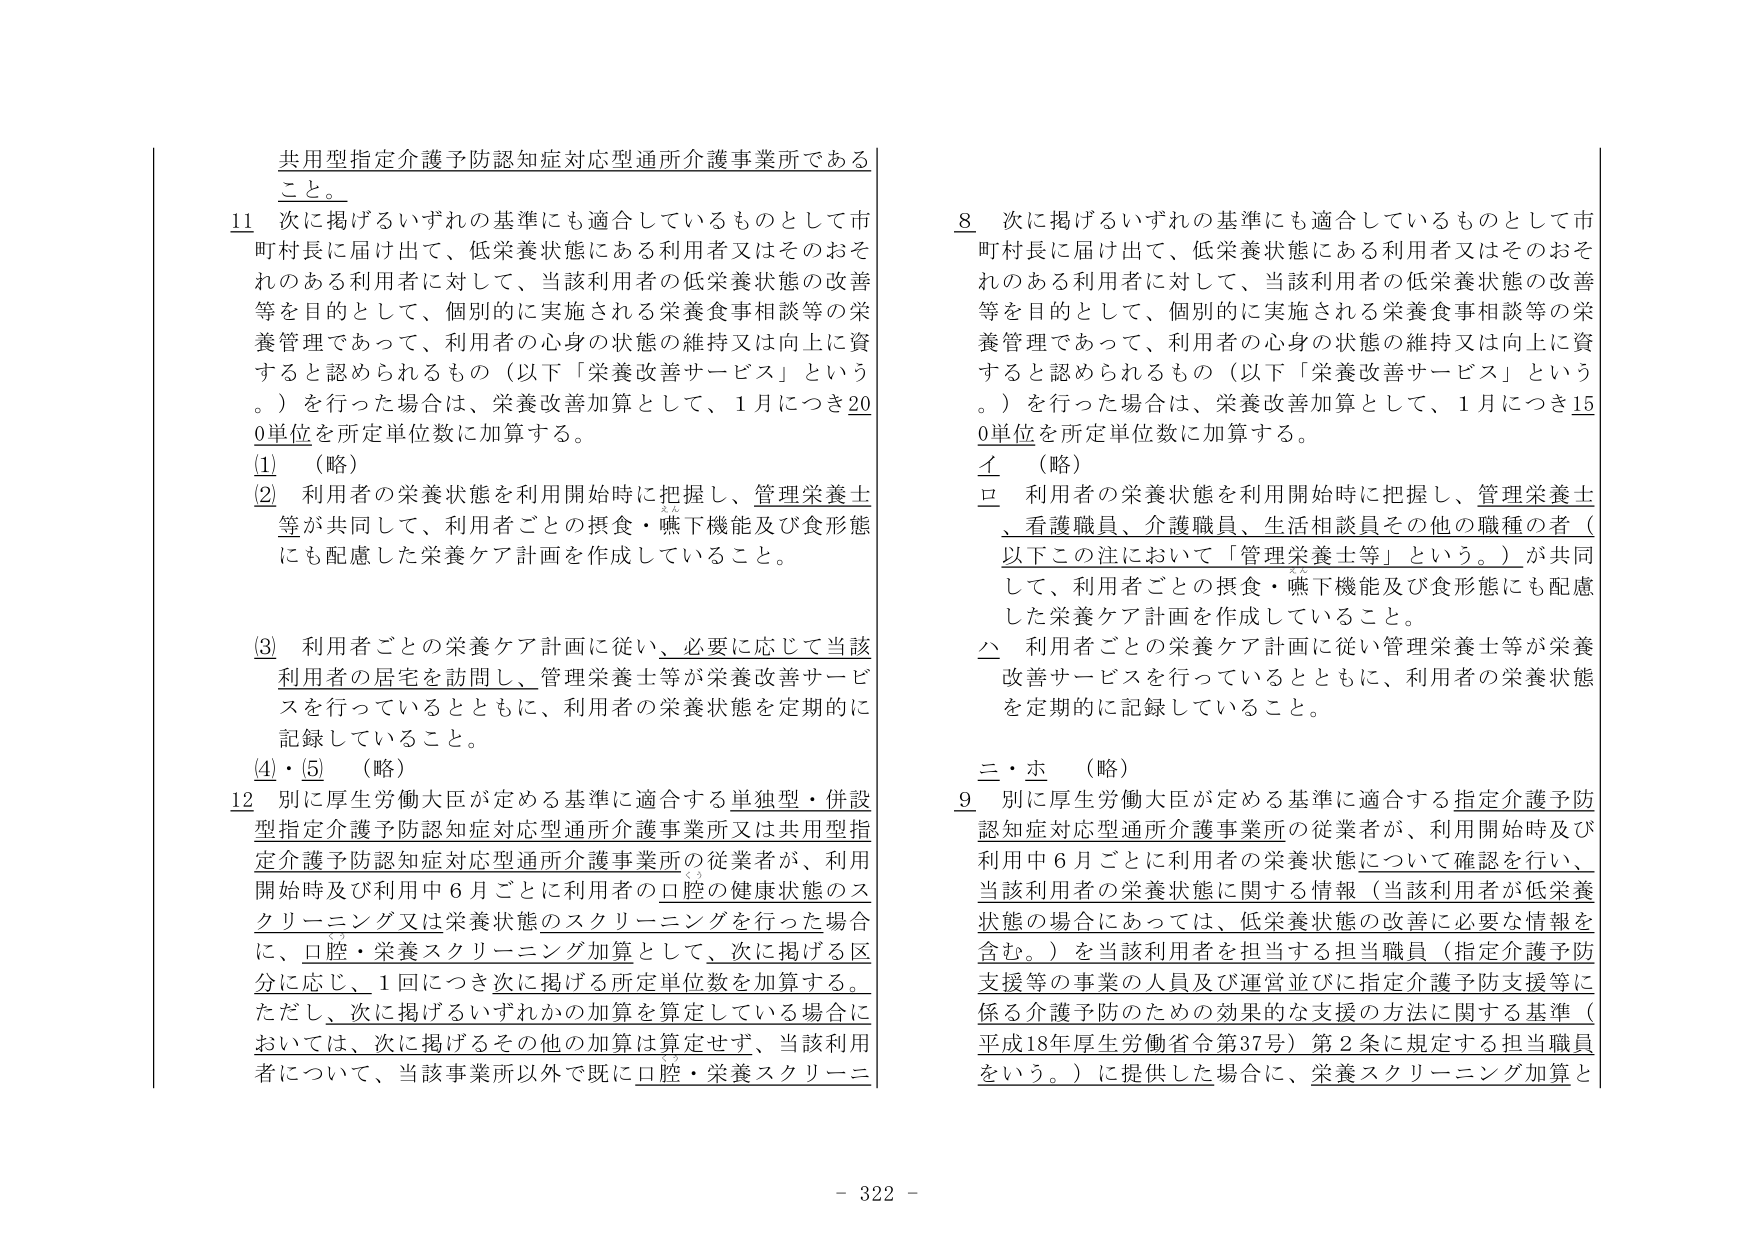
共用型指定介護予防認知症対応型通所介護事業所である
こと。

11 次に掲げるいずれの基準にも適合しているものとして市
町村長に届け出て、低栄養状態にある利用者又はそのおそ
れのある利用者に対して、当該利用者の低栄養状態の改善
等を目的として、個別的に実施される栄養食事相談等の栄
養管理であって、利用者の心身の状態の維持又は向上に資
すると認められるもの（以下「栄養改善サービス」という
。）を行った場合は、栄養改善加算として、1月につき20
0単位を所定単位数に加算する。

(1) （略）

(2) 利用者の栄養状態を利用開始時に把握し、管理栄養士
等が共同して、利用者ごとの摂食・嚥下機能及び食形態
にも配慮した栄養ケア計画を作成していること。

(3) 利用者ごとの栄養ケア計画に従い、必要に応じて当該
利用者の居宅を訪問し、管理栄養士等が栄養改善サービ
スを行っているとともに、利用者の栄養状態を定期的に
記録していること。

(4)・(5) （略）

12 別に厚生労働大臣が定める基準に適合する単独型・併設
型指定介護予防認知症対応型通所介護事業所又は共用型指
定介護予防認知症対応型通所介護事業所の従業者が、利用
開始時及び利用中6月ごとに利用者の口腔の健康状態のス
クリーニング又は栄養状態のスクリーニングを行った場合
に、口腔・栄養スクリーニング加算として、次に掲げる区
分に応じ、1回につき次に掲げる所定単位数を加算する。
ただし、次に掲げるいずれかの加算を算定している場合に
おいては、次に掲げるその他の加算は算定せず、当該利用
者について、当該事業所以外で既に口腔・栄養スクリーニ

8 次に掲げるいずれの基準にも適合しているものとして市
町村長に届け出て、低栄養状態にある利用者又はそのおそ
れのある利用者に対して、当該利用者の低栄養状態の改善
等を目的として、個別的に実施される栄養食事相談等の栄
養管理であって、利用者の心身の状態の維持又は向上に資
すると認められるもの（以下「栄養改善サービス」という
。）を行った場合は、栄養改善加算として、1月につき15
0単位を所定単位数に加算する。

イ （略）

ロ 利用者の栄養状態を利用開始時に把握し、管理栄養士
、看護職員、介護職員、生活相談員その他の職種の者（
以下この注において「管理栄養士等」という。）が共同
して、利用者ごとの摂食・嚥下機能及び食形態にも配慮
した栄養ケア計画を作成していること。

ハ 利用者ごとの栄養ケア計画に従い管理栄養士等が栄養
改善サービスを行っているとともに、利用者の栄養状態
を定期的に記録していること。

ニ・ホ （略）

9 別に厚生労働大臣が定める基準に適合する指定介護予防
認知症対応型通所介護事業所の従業者が、利用開始時及び
利用中6月ごとに利用者の栄養状態について確認を行い、
当該利用者の栄養状態に関する情報（当該利用者が低栄養
状態の場合にあっては、低栄養状態の改善に必要な情報を
含む。）を当該利用者を担当する担当職員（指定介護予防
支援等の事業の人員及び運営並びに指定介護予防支援等に
係る介護予防のための効果的な支援の方法に関する基準（
平成18年厚生労働省令第37号）第2条に規定する担当職員
をいう。）に提供した場合に、栄養スクリーニング加算と

- 322 -